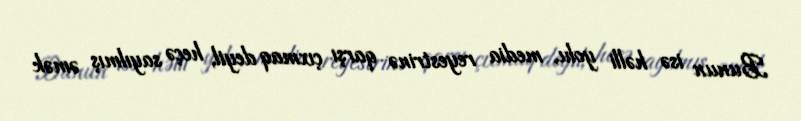
Bunun isə həlli yolu, media reyestrinə qarşı çıxmaq deyil, heçə sayılmış əmək